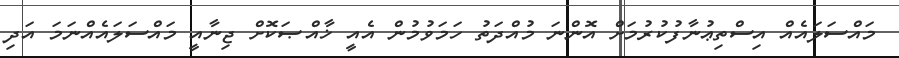
މައްސަލައެއް އިސްތިޢުނާފުކުރުމަށް އޮންނަ މުއްދަތު ހަމަވުމުން އެއީ ޚާއްޞަކޮށް ޖިނާއީ މައްސަލައެއްނަމަ އަދި